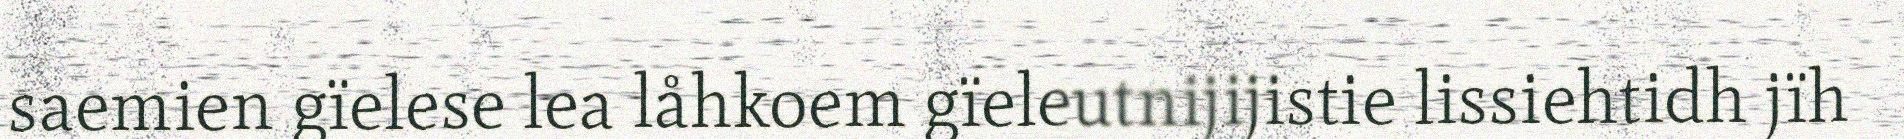
saemien gïelese lea låhkoem gïeleutnijijistie lissiehtidh jïh